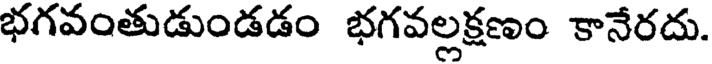
భగవంతుడుండడం భగవల్లక్షణం కానేరదు.